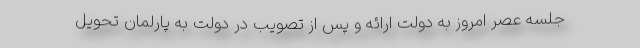
جلسه عصر امروز به دولت ارائه و پس از تصویب در دولت به پارلمان تحویل